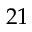
2 1